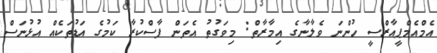
އެމްއެމްޕީއާރްސީ ހުންނަ ވެލާނާގެ އިމާރާތް: މިވަގުތު އެތަން ފާސްކުރާ ކަމުގެ އަޑުތަކެއް އުޅުނަސް